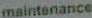
maintenance